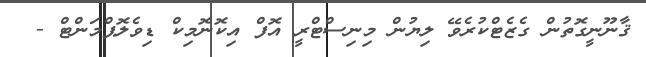
ޤާނޫނީގޮތުން ގެޒެޓްކުރެވޭ ލިޔުން މިނިސްޓްރީ އޮފް އިކޮނޮމިކް ޑިވެލޮޕްމަންޓް -